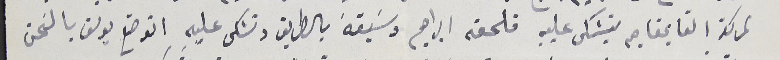
لمركز القايمقام يتشكى عليه فلحقه ابراهيم وسَبقة بالطريق وتشكى عليه اتوضع يوسف بالسَجن